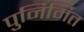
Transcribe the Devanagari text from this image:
पुनिर्मित